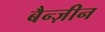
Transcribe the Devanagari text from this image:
बैन्ज़ीन